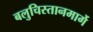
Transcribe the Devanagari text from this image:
बलुचिस्तानमार्गे